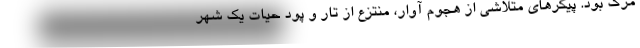
مرگ بود. پيكرهاي متلاشي از هجوم آوار، منتزع از تار و پود حيات يك شهر